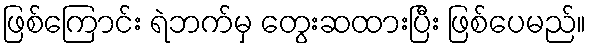
ဖြစ်ကြောင်း ရဲဘက်မှ တွေးဆထားပြီး ဖြစ်ပေမည်။